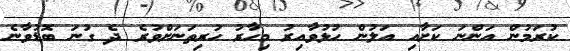
ކުރަމުން އަންނަ ކަށާއި އަލުން ހުޅުވާއިރު މިހާރު ހުރިތަނަށްވުރެ ދެ ގުނަ ބޮޑުވާނެ